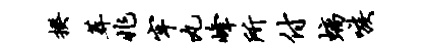
揆葬兆牢丸峰所付螭嗾